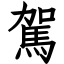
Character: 駕